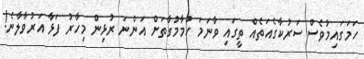
ހަމަގައިމުވެސް ސަރުކާގެއަތެއް ތީގައި ވާނަމަ ހުމާމުގާތަށް އަންނަ ރުޅިން މިހާރު ފަޅާ އަރުވާލާނެ!